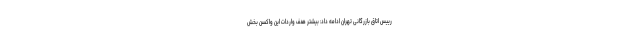
رییس اتاق بازرگانی تهران ادامه داد: بیشتر هدف واردات این واکسن بخش